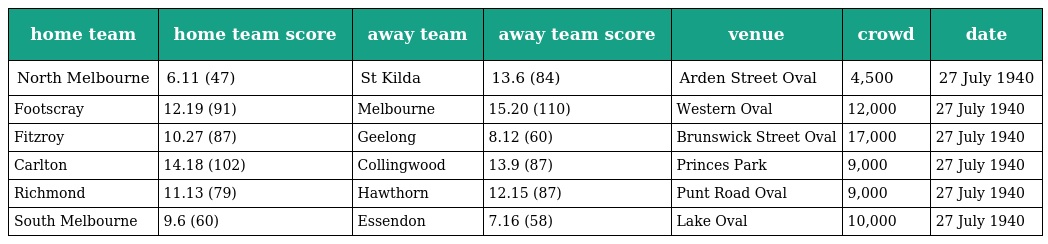
| home team | home team score | away team | away team score | venue | crowd | date |
 | --- | --- | --- | --- | --- | --- | --- |
 | North Melbourne | 6.11 (47) | St Kilda | 13.6 (84) | Arden Street Oval | 4,500 | 27 July 1940 |
 | Footscray | 12.19 (91) | Melbourne | 15.20 (110) | Western Oval | 12,000 | 27 July 1940 |
 | Fitzroy | 10.27 (87) | Geelong | 8.12 (60) | Brunswick Street Oval | 17,000 | 27 July 1940 |
 | Carlton | 14.18 (102) | Collingwood | 13.9 (87) | Princes Park | 9,000 | 27 July 1940 |
 | Richmond | 11.13 (79) | Hawthorn | 12.15 (87) | Punt Road Oval | 9,000 | 27 July 1940 |
 | South Melbourne | 9.6 (60) | Essendon | 7.16 (58) | Lake Oval | 10,000 | 27 July 1940 |